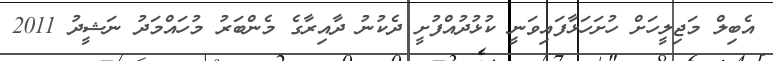
އެބިލް މަޖިލީހަށް ހުށަހަޅާފައިވަނީ ކުޅުދުއްފުށީ ދެކުނު ދާއިރާގެ މެންބަރު މުހައްމަދު ނަޝީދު 2011